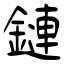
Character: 鏈